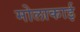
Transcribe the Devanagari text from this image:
मोलाकाई